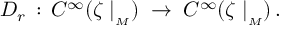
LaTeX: D _ { r } \, : \, C ^ { \infty } ( \zeta \mid _ { _ M } ) \; \rightarrow \; C ^ { \infty } ( \zeta \mid _ { _ M } ) \, .